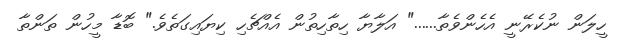
ހީލަން ނުކެރޭނީ އެހެންވެތާ......" އަލާޔާ ހިތާހިތުން އެއްޗެހި ކިޔައިގަތެވެ." ބޮޑާ މީހުން ތަންތާ